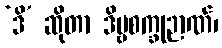
‘ဒိ’ ဆိုတာ ဒိဗ္ဗစက္ခုဉာဏ်၊